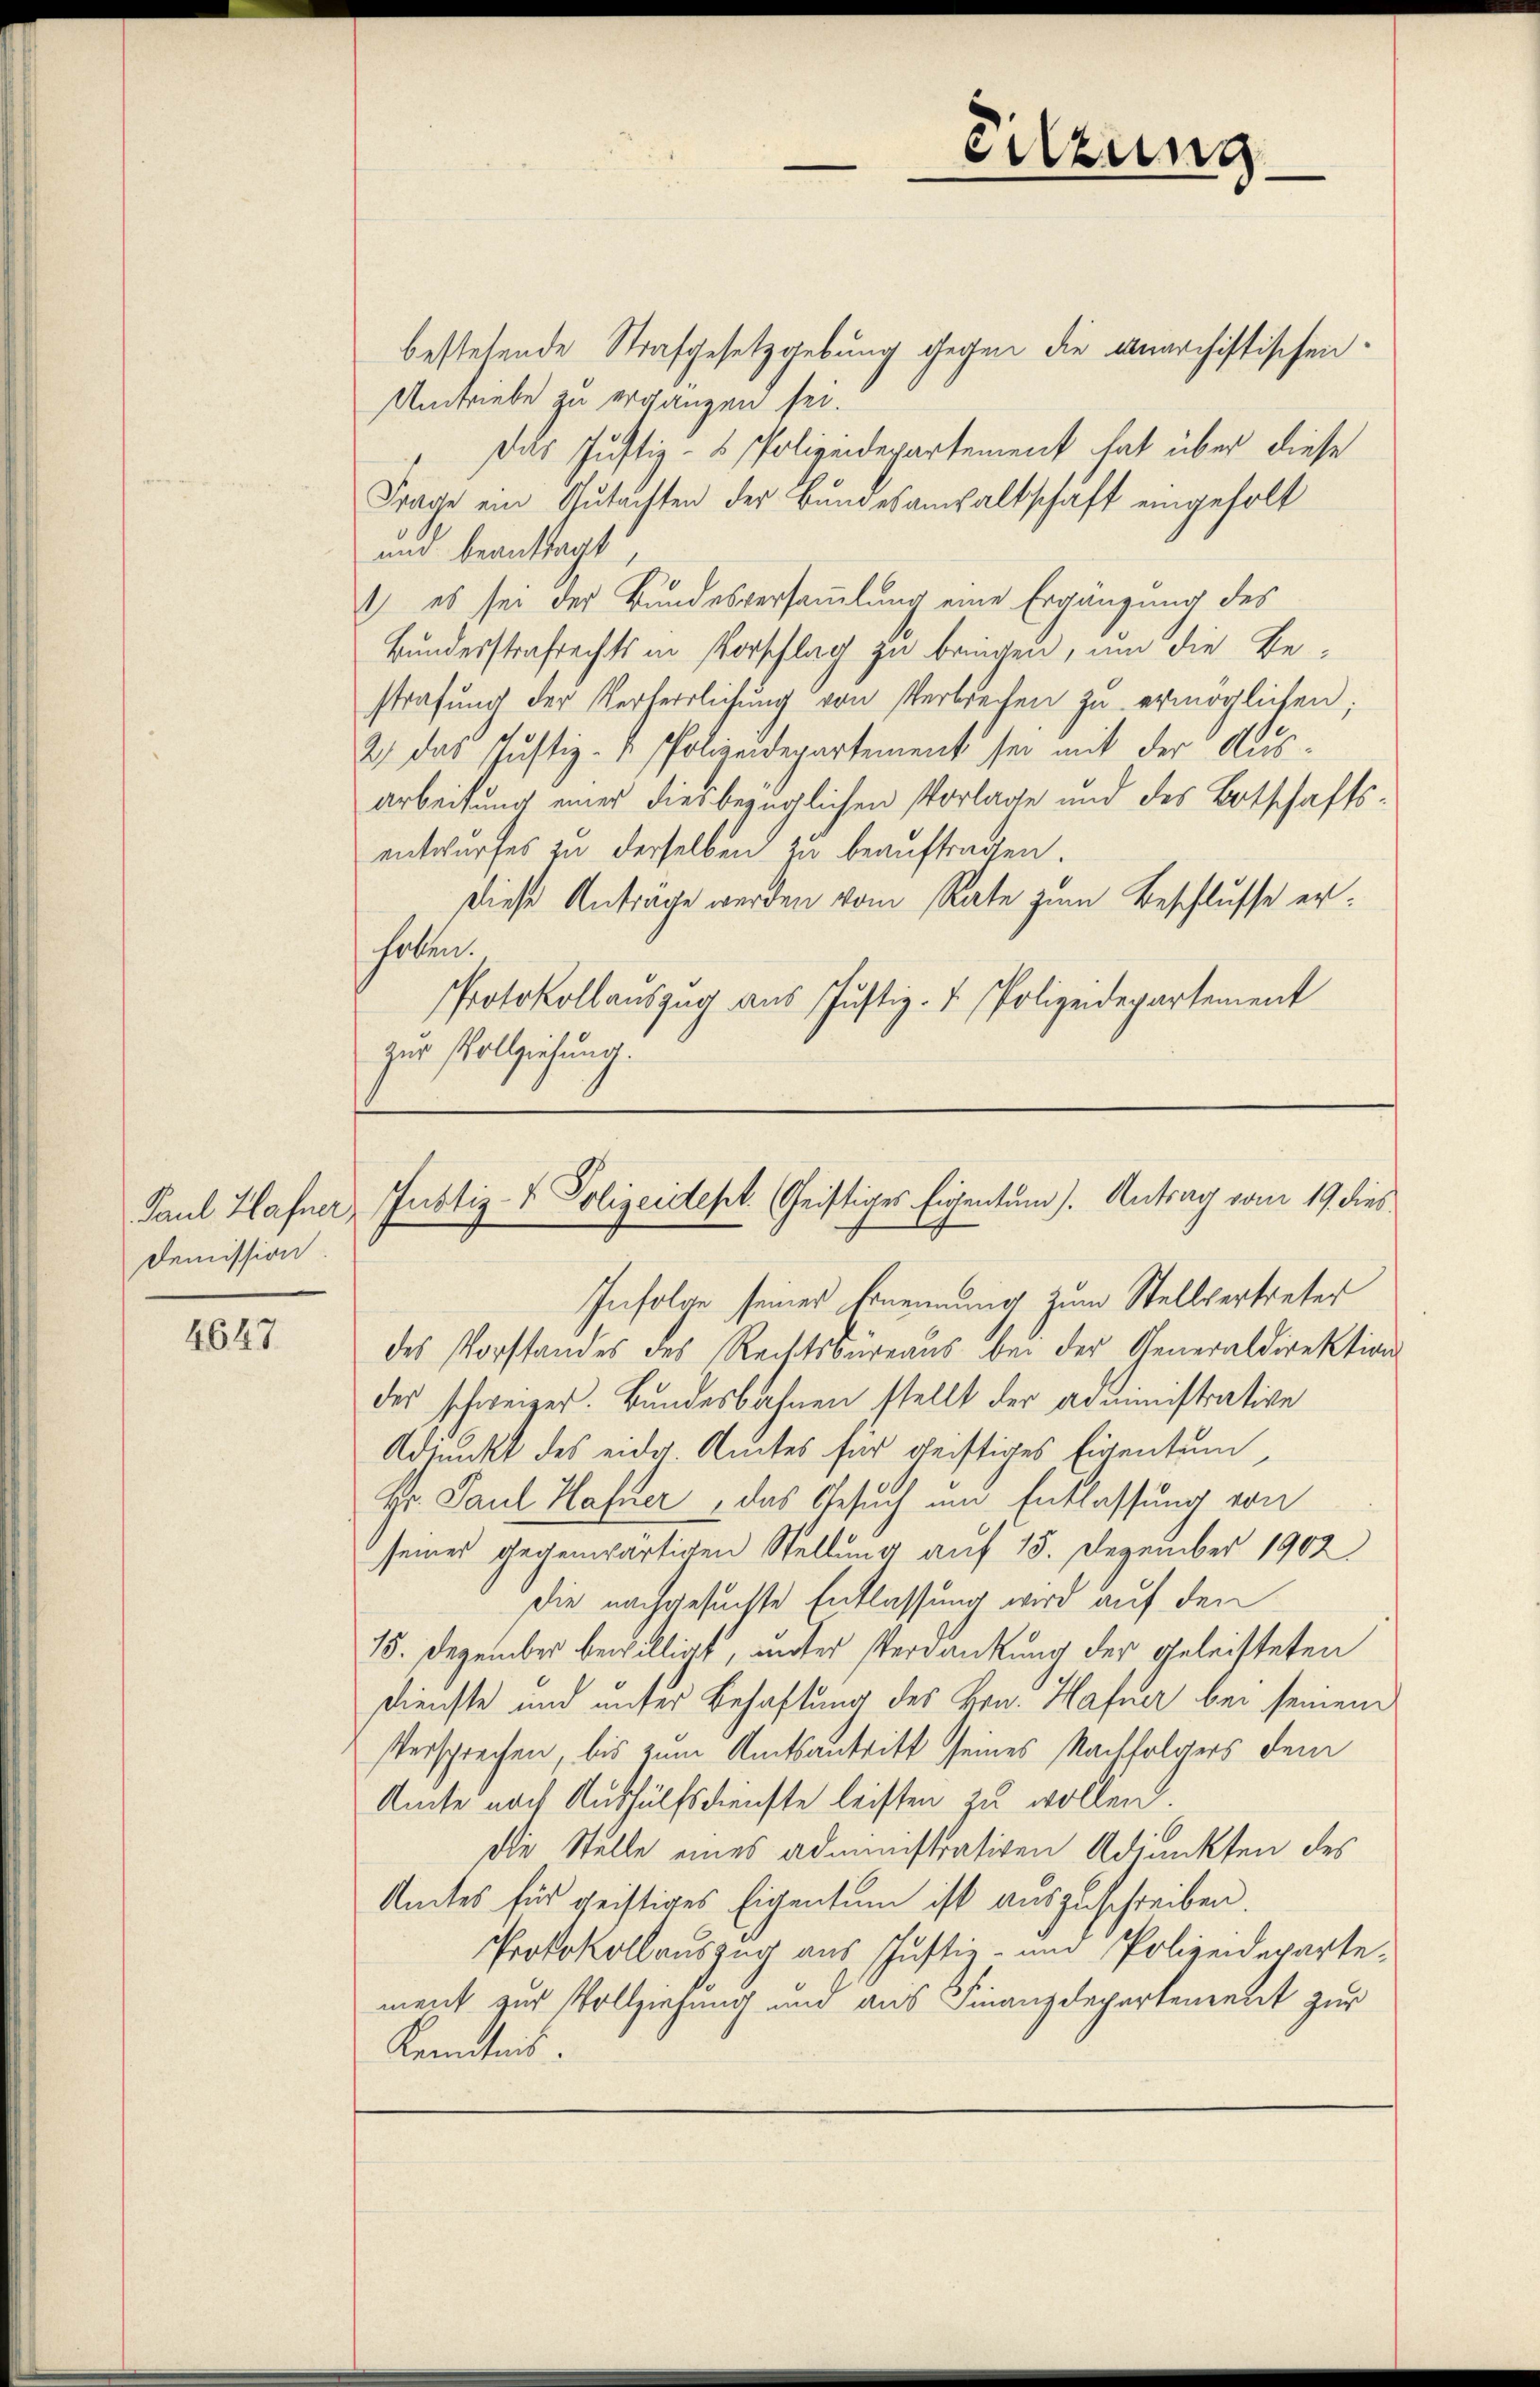
Paul Hafner,
Demission

4647.

bestehende Strafgesetzgebung gegen die Anarchistischen
Umtriebe zu ergangen sei.
dals Justiz- & Polizeidepartement hat über diese
Frage ein Gutachten der Bundesanwaltschaft eingeholt
und beanstagt
1) es sei der Bundesversammlung eine Ergänzung des
Bundesstrafrechts in Vorschlag zu bringen, um die Bestrafung der Verherrlichung von Verbrechen zu ermöglichen;
2) das Justiz- & Polizeidepartement sei mit der Aus¬
Arbeitung einer dies bezüglichen Vorlage und des Botschaftsentwurfes zu derselben zu beauftragen.
Diese Antrage werden vom Rate zum Beschlusse erhoben.
Protokollauszug aus Justiz- & Polizeidepartement
zur Vollziehung.

Infolge seiner Ernennung zum Stellvertreter
des Vorstandes des Rechtsbureaus bei der Generaldirektion
des schweizer. Bundesbahnen stellt der administrative
Adjunkt des eider Amtes für geistiges Eigentum,
Hr. Paul Hafner, das Gesuch um Entlassung von
seines gegenwärtigen Stellung auf 15. Dezember 1902
Die nachgesuchte Entlassung wird auf den
15. Dezember bewilligt, unter Verdankung der geleisteten
Dienste und unter Behaftung des Hrn. Hafner bei seinem
Versprechen bis zum Amtsantritt seines Nachfolgers dem
Amte nach Aushülfsdienste leisten zu wollen.
Die Stelle eines administrativen Adjunkten des
Amtes für geistiges Eigentum ist auszuschreiben.
Protokollauszug aus Justiz- und Polizeideparte
ment zur Vollziehung und aus Finanzdepartement zur
Kenntnis.

Sitzung

Justiz- & Polizeistest. (Geistiges Eigentum). Antrag vom 19. dies